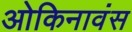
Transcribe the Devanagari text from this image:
ओकिनावंस